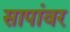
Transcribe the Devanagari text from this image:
सापांवर